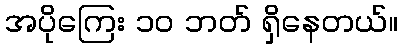
အပိုကြေး ၁၀ ဘတ် ရှိနေတယ်။